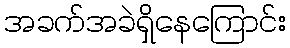
အခက်အခဲရှိနေကြောင်း